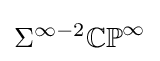
\Sigma ^{\infty -2}\mathbb {CP} ^{\infty }